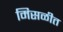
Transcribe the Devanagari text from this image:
मिसळीत